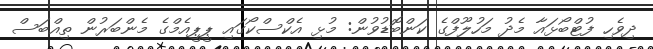
ދިވެހި ފުޓްބޯޅައާ މެދު މަހުލޫފްގެ ކަންބޮޑުވުން: މުޅި އެކްސްކޯގައި ޕީޕީއެމްގެ މެންބަރުން ތިއްބަސް